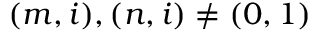
( m , i ) , ( n , i ) \not = ( 0 , 1 )